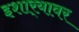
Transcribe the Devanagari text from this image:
इशार्‍यावर